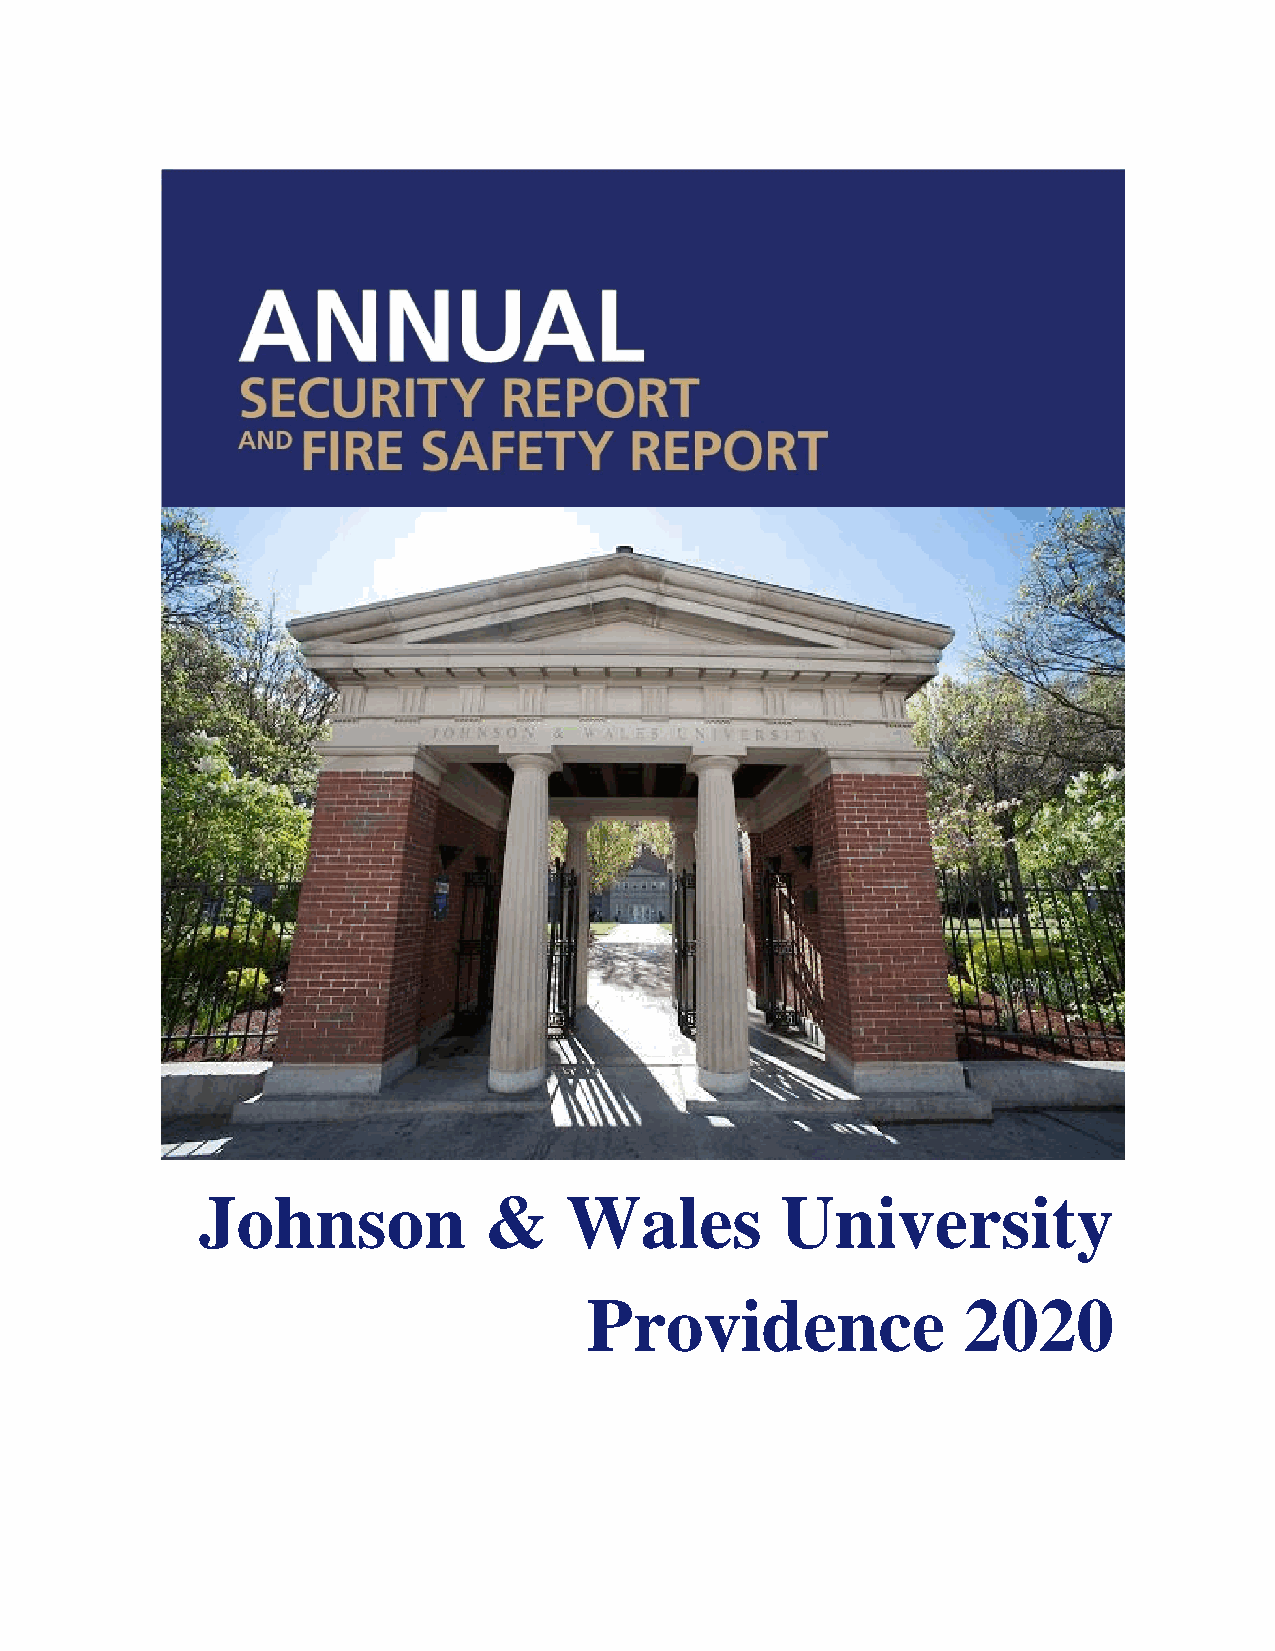
Johnson            &    Wales          University
 Providence               2020